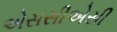
એસસીએસી